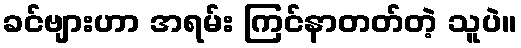
ခင်ဗျားဟာ အရမ်း ကြင်နာတတ်တဲ့ သူပဲ။